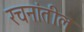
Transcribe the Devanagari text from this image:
रचनांतील